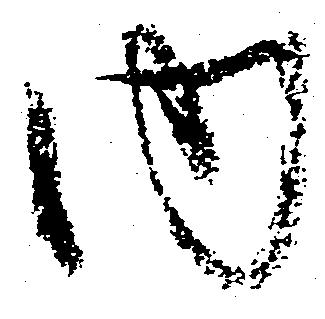
内